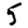
Digit: 5